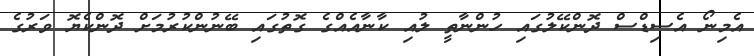
އެމިނޯ އެސިޑްސް ދޮންކޭލުގައި ހުންނާތީ ލުއި ކާނާއެއްގެ ގޮތުގައި ބޭނުންކުރުމަށް ދޮންކެޔޮ ވަރުގެ